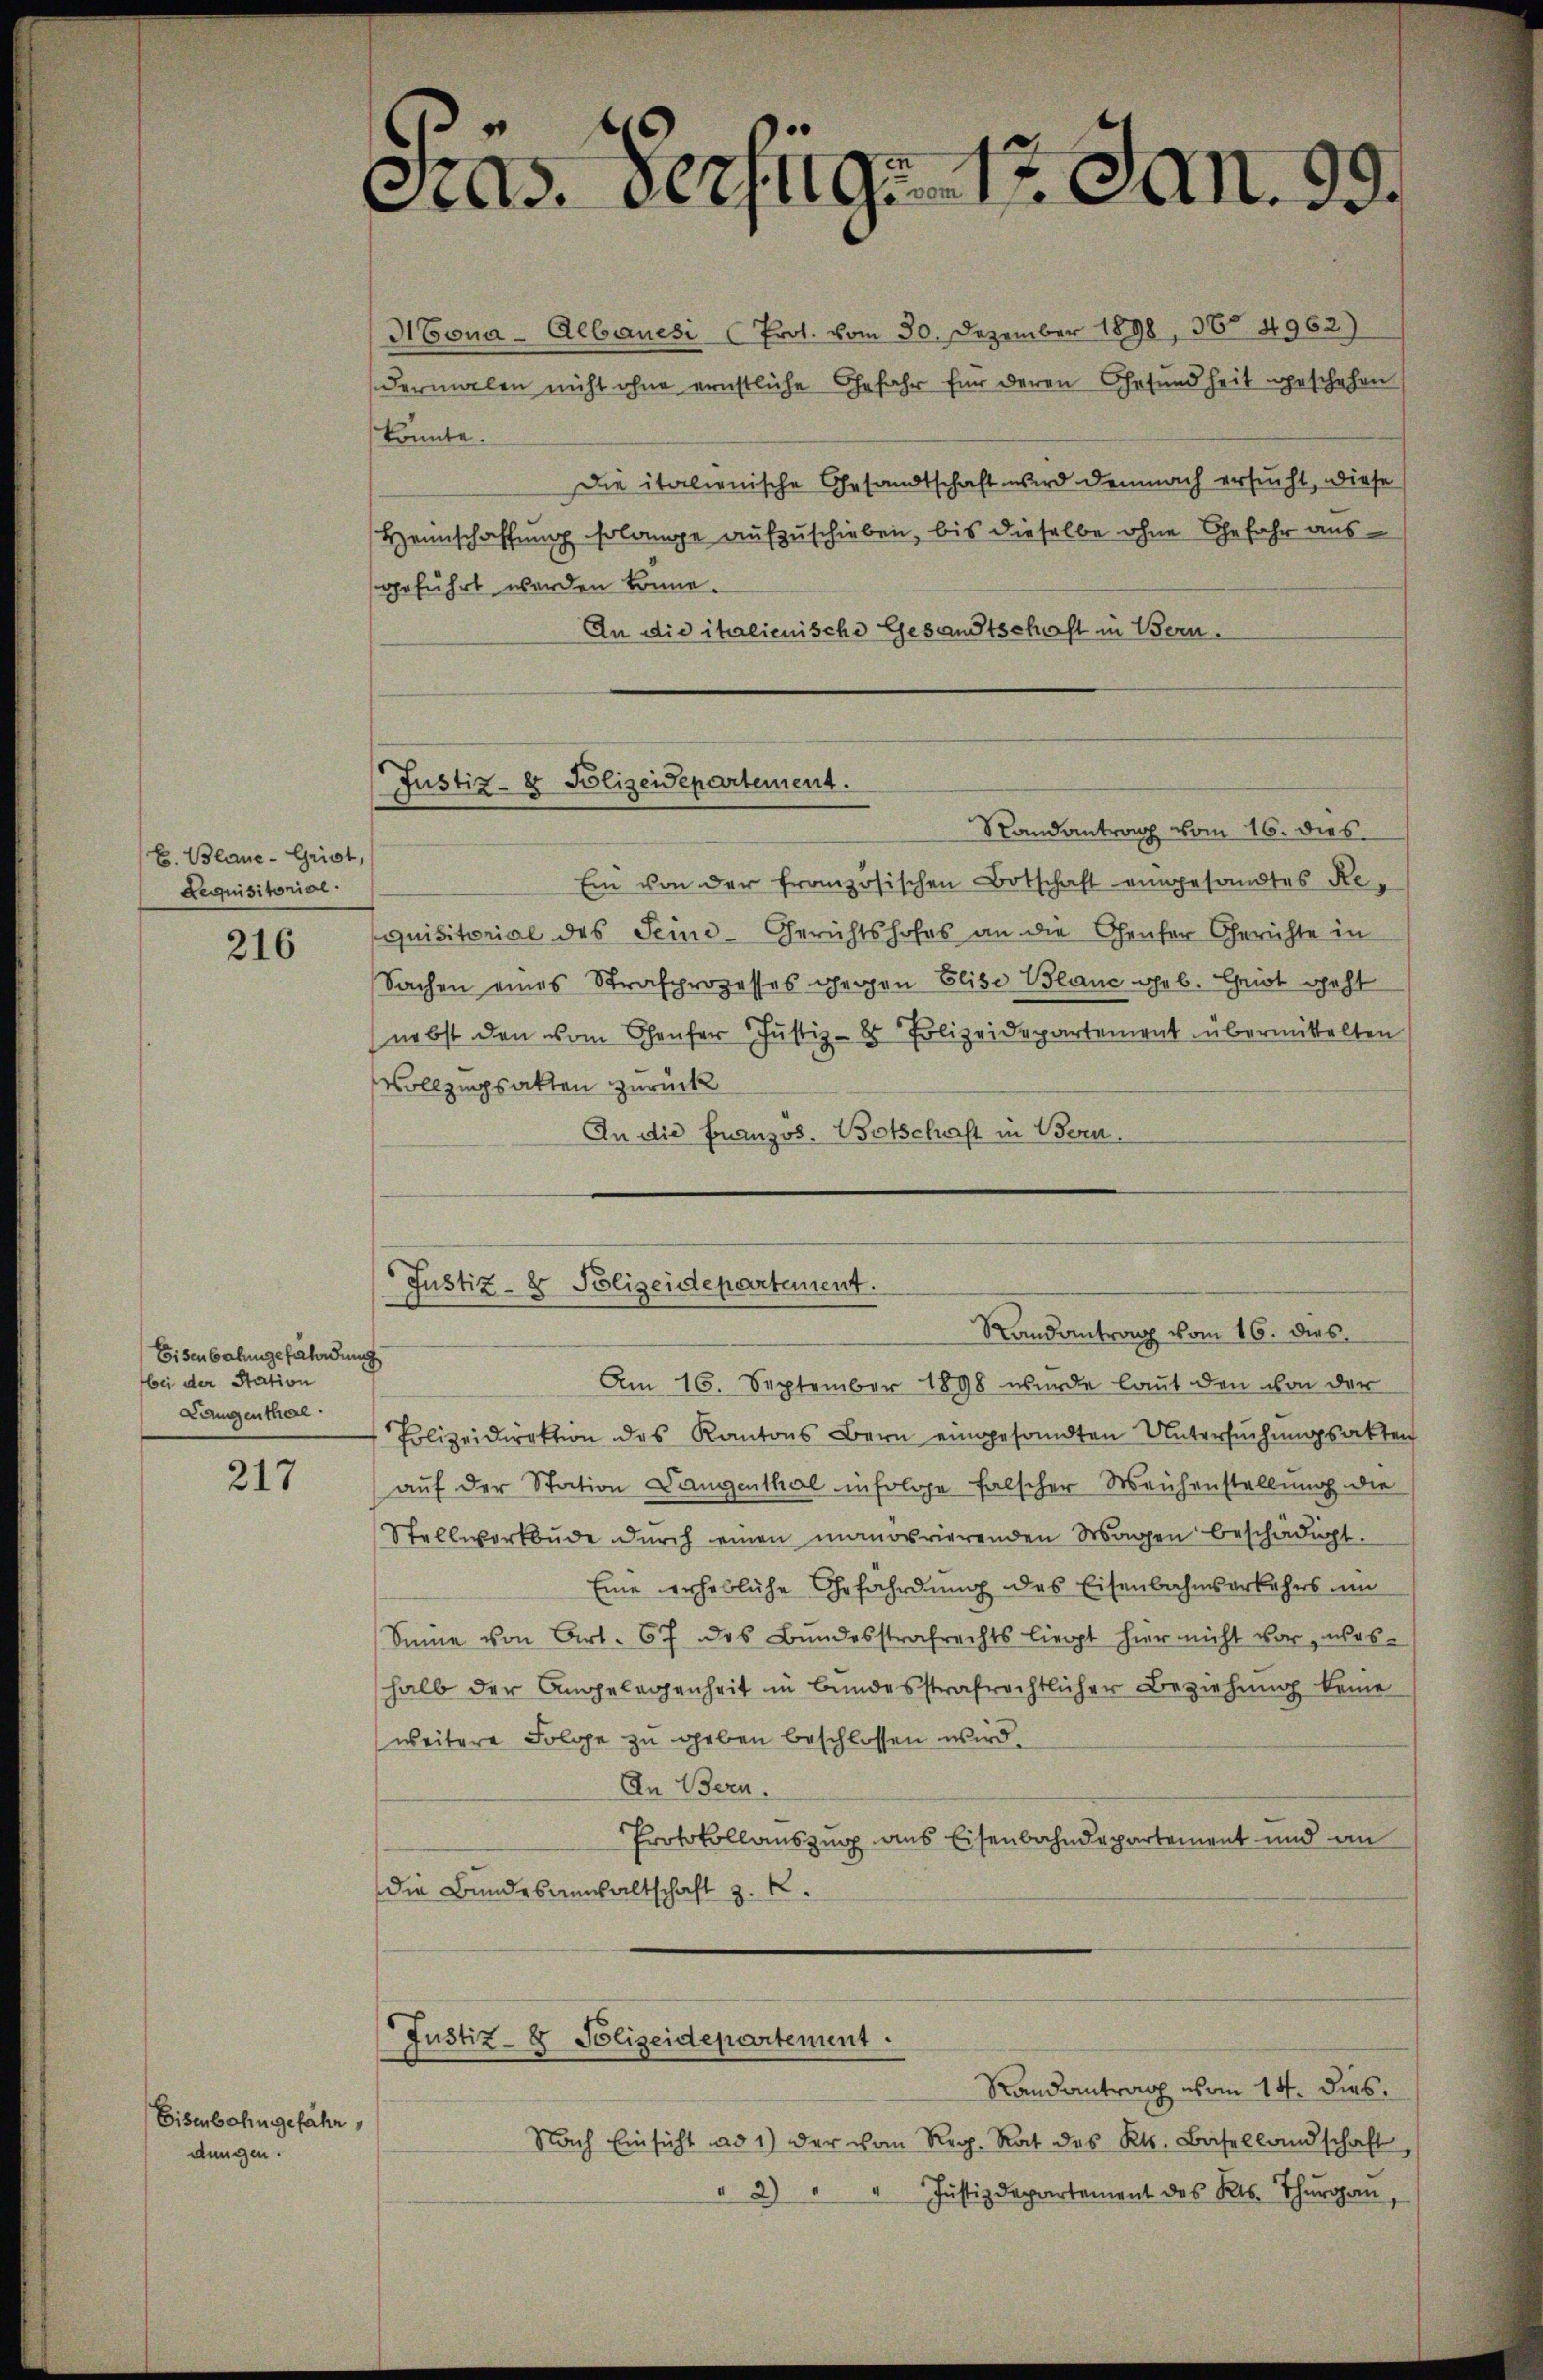
E. Blaue - Grist,
Lequisitorial.

216

Eisenbahngefährdung
bei der Station
Langenthal.

217

Eisenbahngefähr,
dungen.

as. Verfüge. 17. Jan. 99.

Justiz- & Polizeidepartement.

Mona-Aebauesi (Prot. vom 30. Dezember 1898, 36 4962)
dermalen nicht ohne ernstliche Gefahr für deren Gesundheit geschehen
könnte.
Die italienische Gesandtschaft wird demnach ersucht, diese
Heimschaffung solange aufzuschieben, bis dieselbe ohne Gefahr aus
geführt werden könne.
An die italienische Gesandtschaft in Bern.
Randantrag vom 16. dies
Ein von der französischen Botschaft eingesandtes Requisitorial des Seine-Gerichtshofes an die Genfer Gerichte in
Sachen eines Strafprozesses gegen Elise Blanc geb. Grist geht
nebst den vom Genfer Justiz-8 Polizeidepartement übermittelten
Vollzugsakten zurück
An die Französ. Botschaft in Bern.
Justiz- & Polizeidepartement.
Randantrag vom 16. dies
Am 16. September 1898 wurde laut den von der
Polizeidirektion des Kantons Bern eingesandten Untersuchungsakten
(auf der Station Langenthal infolge falscher Weihenstellung die
Stellwerkbŭde dŭrch einen manorrierenden Wagen beschädigt.
Eine erhebliche Gefährdung des Eisenbahnserkehrs im
Seine von Art. 67 des Bundesstrafrechts liegt hier nicht vor, übes-
halb der Angelegenheit in Bundesstrafrechtlicher Beziehung keine
weitere Folge zu geben beschlossen wird.
An Bern.
Protokollauszug aus Eisenbahndepartement und an
die Bundesanwaltschaft z. K.

Justiz- & Polizeidepartement

Randantrag vom 14. dies.
Nach Einsicht ad 1) der von Reg. Rat des Kts. Basellandschaft,
" 2) " " Justizdepartement des Kts. Thŭrga